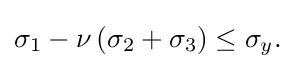
\sigma _{1}-\nu \left(\sigma _{2}+\sigma _{3}\right)\leq \sigma _{y}.\,\!